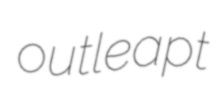
outleapt